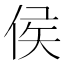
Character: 侯